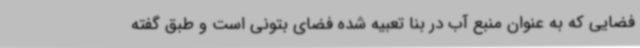
فضایی که به عنوان منبع آب در بنا تعبیه شده فضای بتونی است و طبق گفته